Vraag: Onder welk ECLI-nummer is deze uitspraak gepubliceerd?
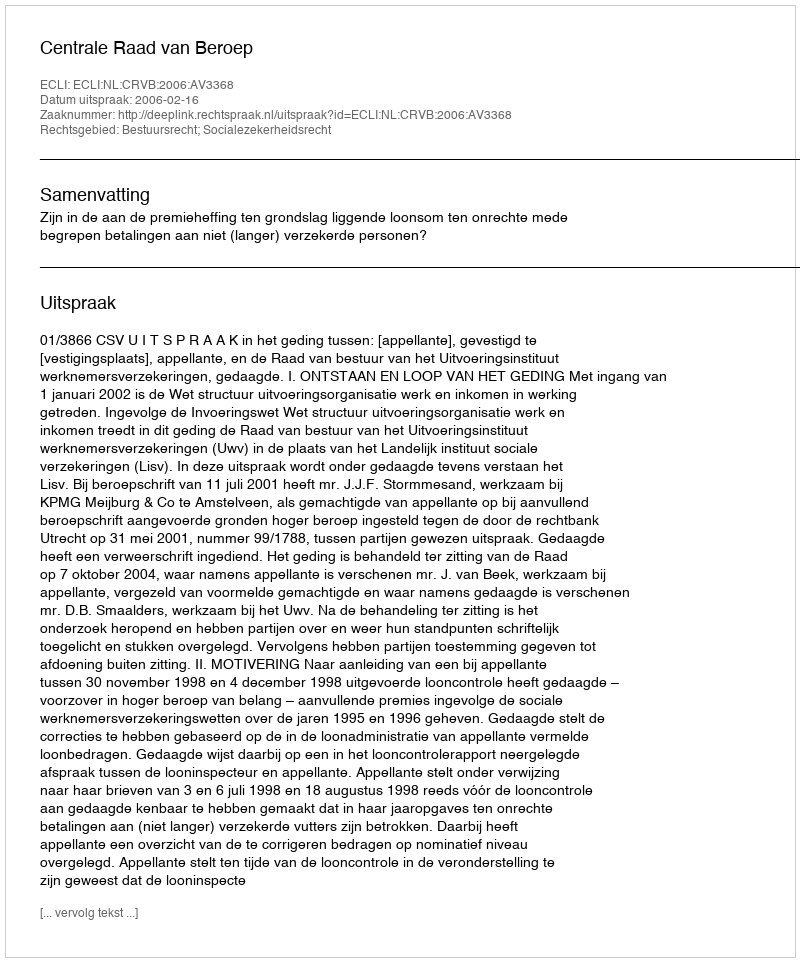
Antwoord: ECLI:NL:CRVB:2006:AV3368